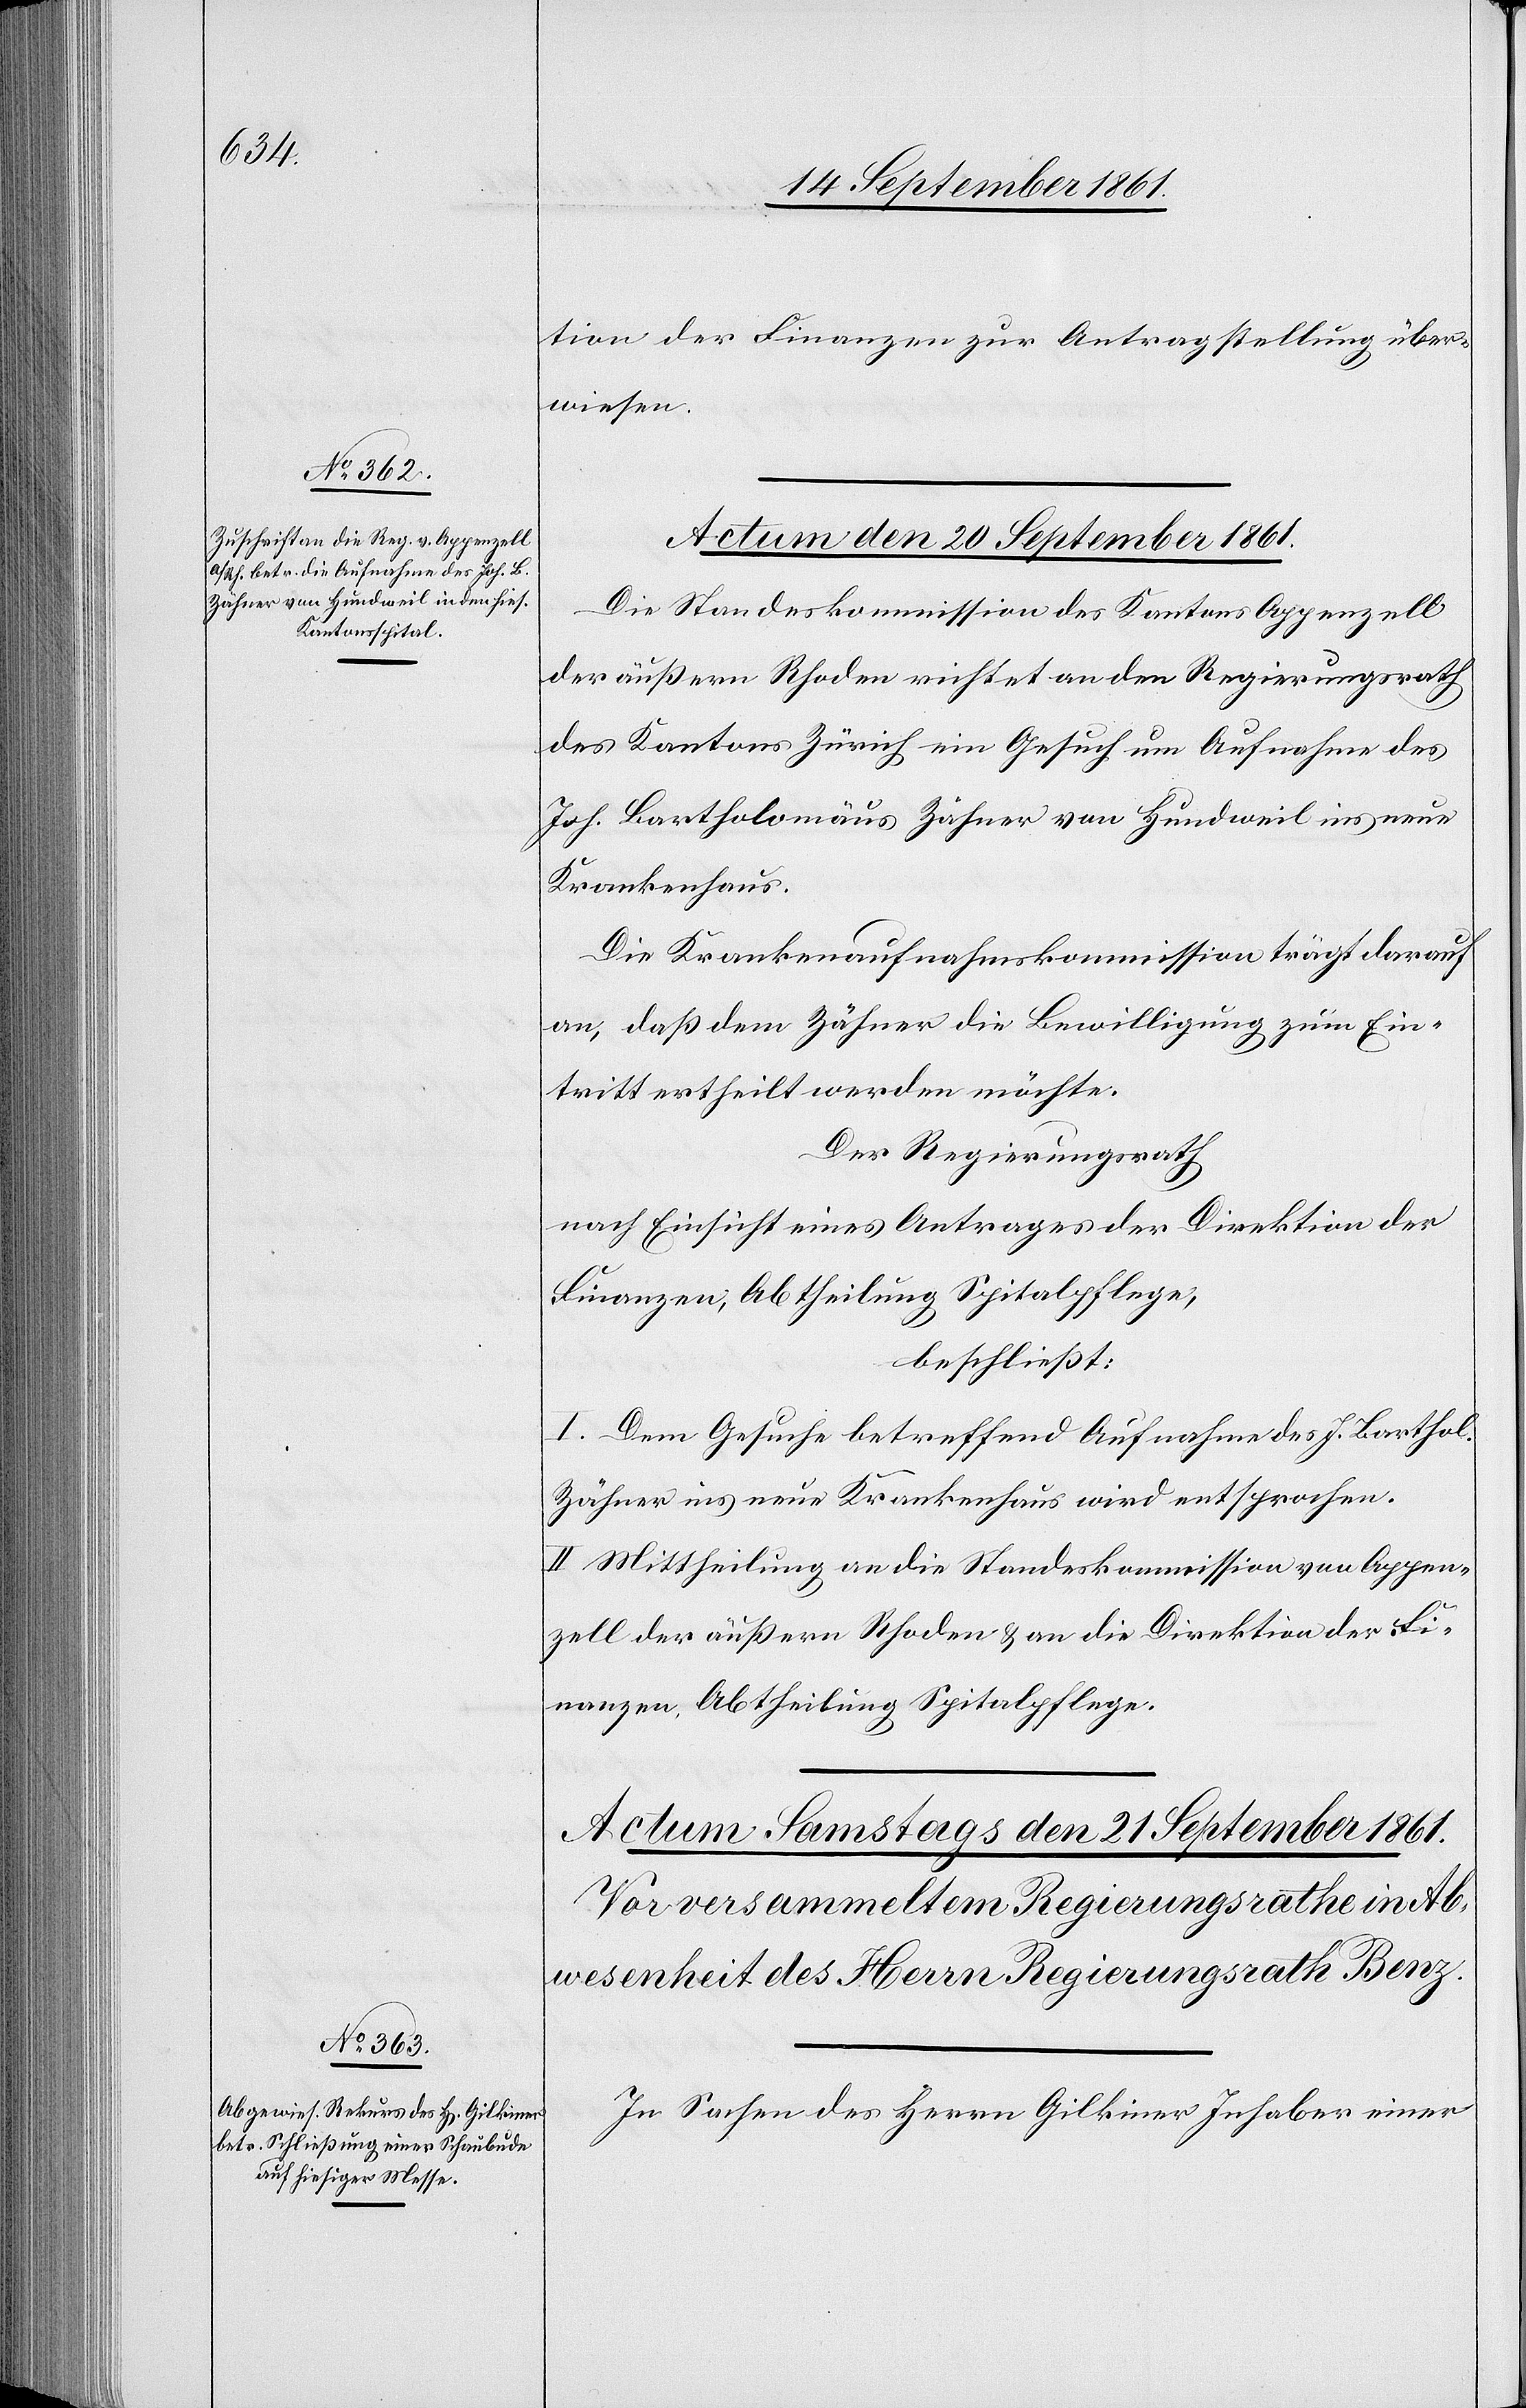
omäus

tion der Finanzen zur Antragstellung über¬
wiesen.
Actum den 20 September 1861.
Die Standeskommission des Kantons Appenzell
der äußern Rhoden richtet an den Regierungsrath
des Kantons Zürich ein Gesuch um Aufnahme des
Joh. Bartholomäus Zähner von Hundweil ins neue
Krankenhaus.
Die Krankenaufnahmskommission trägt darauf
an, daß dem Zähner die Bewilligung zum Ein¬
tritt ertheilt werden möchte.
Der Regierungsrath,
nach Einsicht eines Antrages der Direktion der
Finanzen, Abtheilung Spitalpflege,
beschließt:
I. Dem Gesuche betreffend Aufnahme des J. Barthol¬
Zähner ins neue Krankenhaus wird entsprochen.
II. Mittheilung an die Standeskommission von Appen¬
zell der äußern Rhoden u. an die Direktion der Fi¬
nanzen, Abtheilung Spitalpflege.
In Sachen des Herrn Gilkiner Inhaber einer